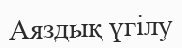
Аяздық үгілу